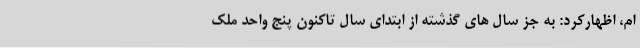
ام، اظهارکرد: به جز سال های گذشته از ابتدای سال تاکنون پنج واحد ملک